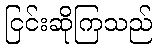
ငြင်းဆိုကြသည်